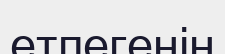
етпегенін